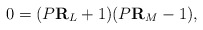
\begin{align*}0=(P{\bf R}_{L}+1)(P{\bf R}_{M} -1),\end{align*}